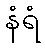
နံရံ